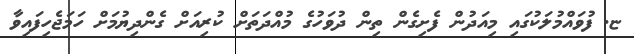
ޏ. ފުވައްމުލަކުގައި މިއަދުން ފެށިގެން ތިން ދުވަހުގެ މުއްދަތަށް ކުރިއަށް ގެންދިޔުމަށް ހަމަޖެހިފައިވާ